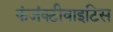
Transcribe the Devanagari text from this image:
कंजंक्टीवाइटिस